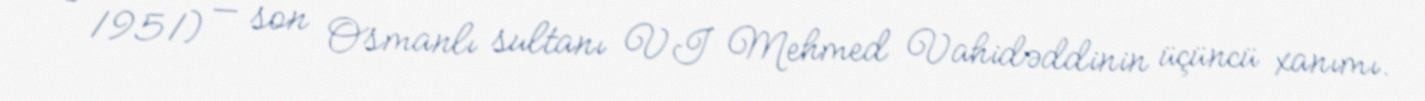
– 1951) — son Osmanlı sultanı VI Mehmed Vahidəddinin üçüncü xanımı.